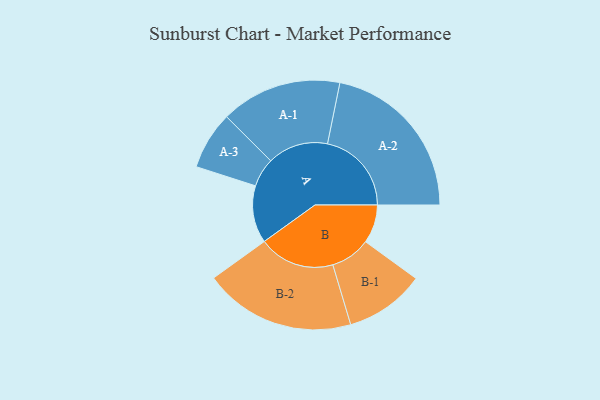
{"axis": {"x": "Segment", "y": "Value"}, "legend": ["", "A", "B"], "data": [{"x": "A", "y": 198, "type": ""}, {"x": "B", "y": 133, "type": ""}, {"x": "A-1", "y": 209, "type": "A"}, {"x": "A-2", "y": 290, "type": "A"}, {"x": "A-3", "y": 100, "type": "A"}, {"x": "B-1", "y": 138, "type": "B"}, {"x": "B-2", "y": 262, "type": "B"}]}